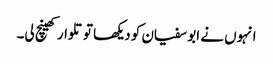
انہوں نے ابو سفیان کو دیکھا تو تلوار کھینچ لی۔